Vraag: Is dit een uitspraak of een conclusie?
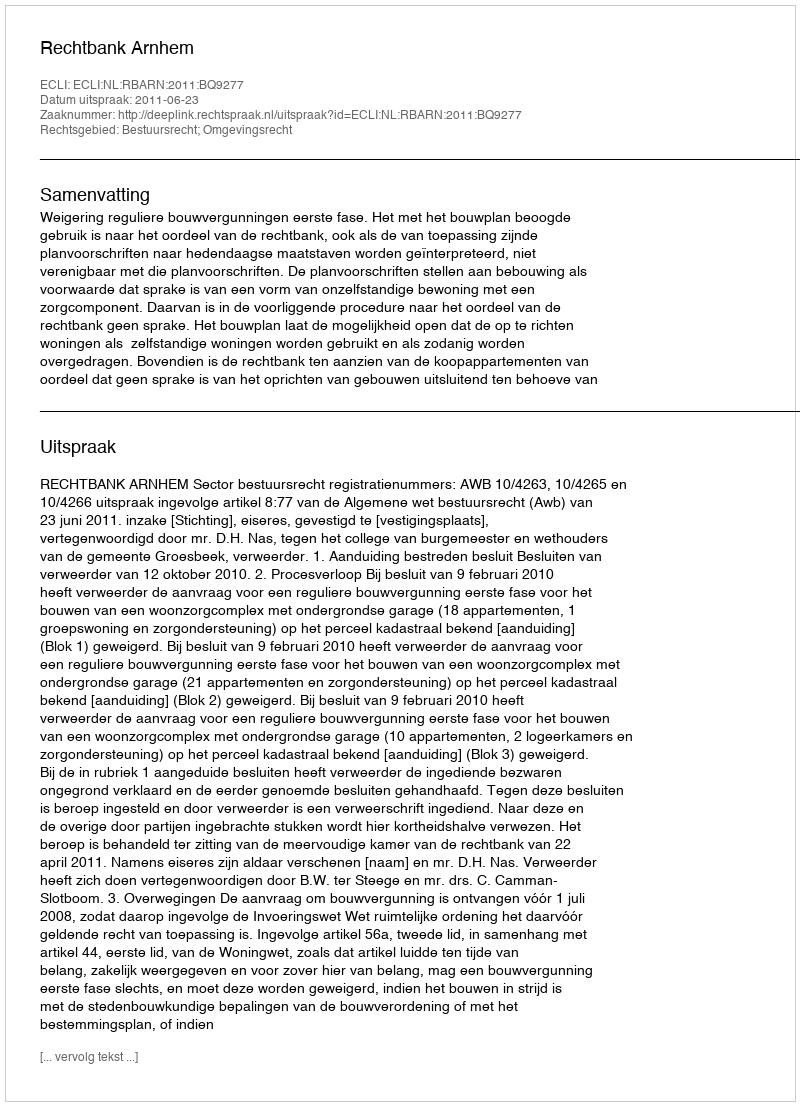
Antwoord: Uitspraak